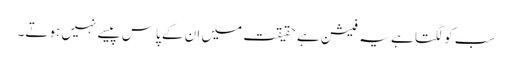
سب کو لگتا ہے یہ فیشن ہے حقیقت میں ان کے پاس پیسے نہیں ہوتے۔